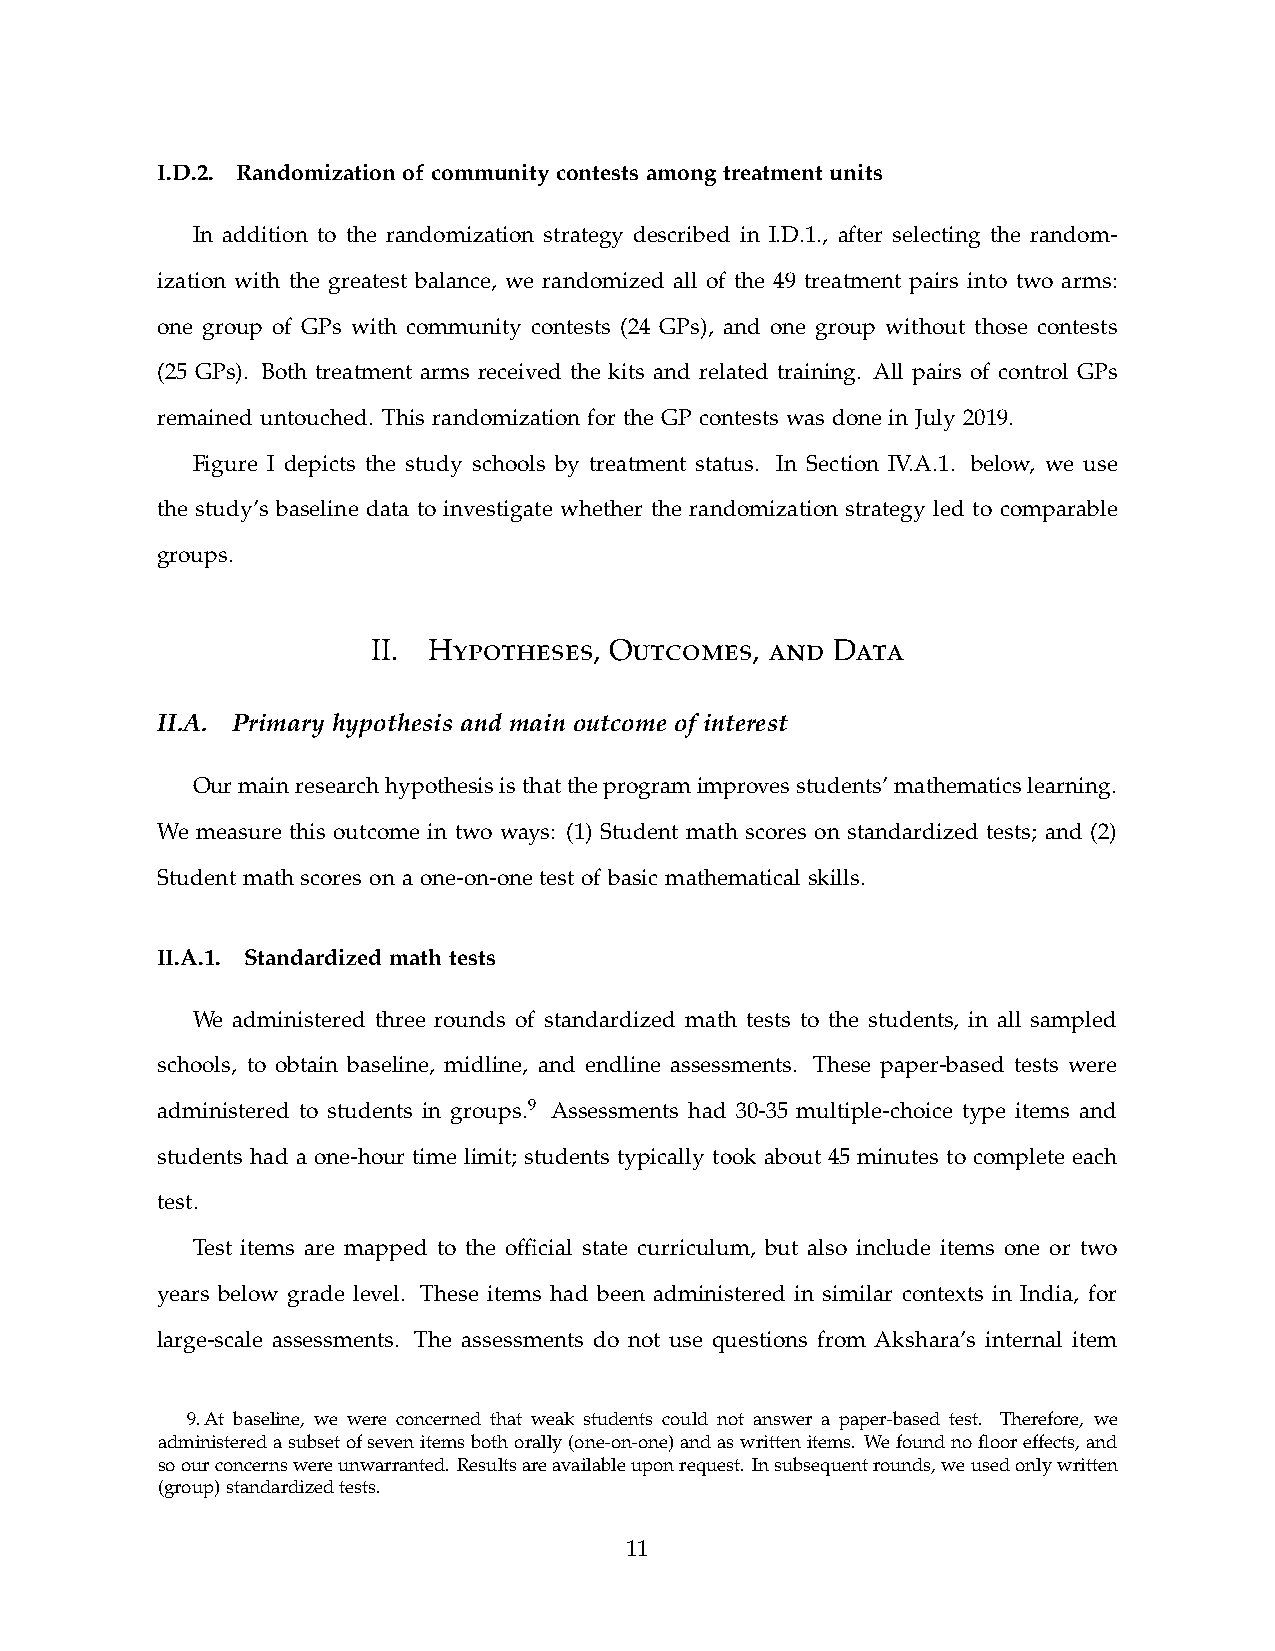
I.D.2. Randomization of community contests among treatment units
 In addition to the randomization strategy described in I.D.1., after selecting the random-
 ization with the greatest balance, we randomized all of the 49 treatment pairs into two arms:
 one group of GPs with community contests (24 GPs), and one group without those contests
 (25 GPs). Both treatment arms received the kits and related training. All pairs of control GPs
 remained untouched. This randomization for the GP contests was done in July 2019.
 Figure I depicts the study schools by treatment status. In Section IV.A.1. below, we use
 the study’s baseline data to investigate whether the randomization strategy led to comparable
 groups.
 ypotheses   utcomes  and   ata
 II. H         , O        ,    D
 II.A. Primary hypothesis and main outcome of interest
 Our main research hypothesis is that the program improves students’ mathematics learning.
 We measure this outcome in two ways: (1) Student math scores on standardized tests; and (2)
 Student math scores on a one-on-one test of basic mathematical skills.
 II.A.1. Standardized math tests
 We administered three rounds of standardized math tests to the students, in all sampled
 schools, to obtain baseline, midline, and endline assessments. These paper-based tests were
 administered to students in groups.9 Assessments had 30-35 multiple-choice type items and
 students had a one-hour time limit; students typically took about 45 minutes to complete each
 test.
 Test items are mapped to the offcial state curriculum, but also include items one or two
 years below grade level. These items had been administered in similar contexts in India, for
 large-scale assessments. The assessments do not use questions from Akshara’s internal item
 9. At baseline, we were concerned that weak students could not answer a paper-based test. Therefore, we
 administered a subset of seven items both orally (one-on-one) and as written items. We found no foor effects, and
 so our concerns were unwarranted. Results are available upon request. In subsequent rounds, we used only written
 (group) standardized tests.
 11